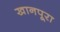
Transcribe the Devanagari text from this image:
खानपूरा